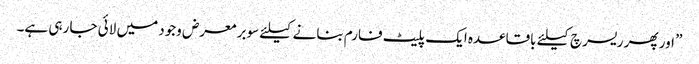
” اور پھر ریسرچ کیلئے باقاعدہ ایک پلیٹ فارم بنانے کیلئے سوبر معرض وجود میں لائی جا رہی ہے۔